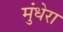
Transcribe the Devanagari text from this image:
मुंधेरा